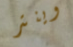
وينتر